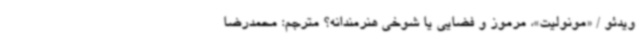
ویدئو / «مونولیت»، مرموز و فضایی یا شوخی هنرمندانه؟ مترجم: محمدرضا